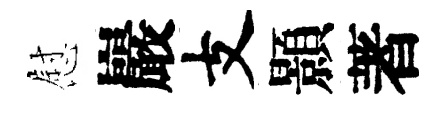
慰巖支顥著